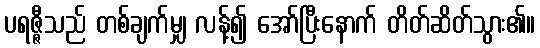
ပရဇ္ဇီသည် တစ်ချက်မျှ လန့်၍ အော်ပြီးနောက် တိတ်ဆိတ်သွား၏။